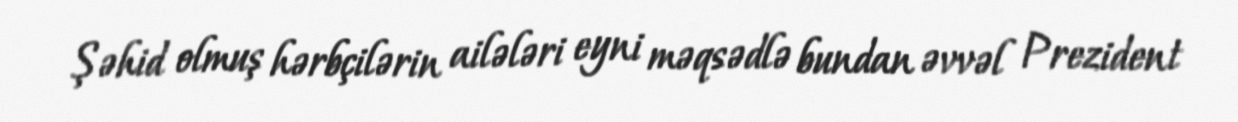
Şəhid olmuş hərbçilərin ailələri eyni məqsədlə bundan əvvəl Prezident